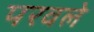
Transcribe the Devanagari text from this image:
परवले